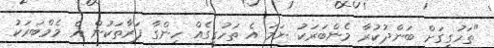
"ތަހުގީގަށް ބަންދުކުރާ މެންބަރަކު ނަމަ އެ ތަހުގީގެއް ހިންގާ ފަރާތަކުން އެ މެމްބަރަކު